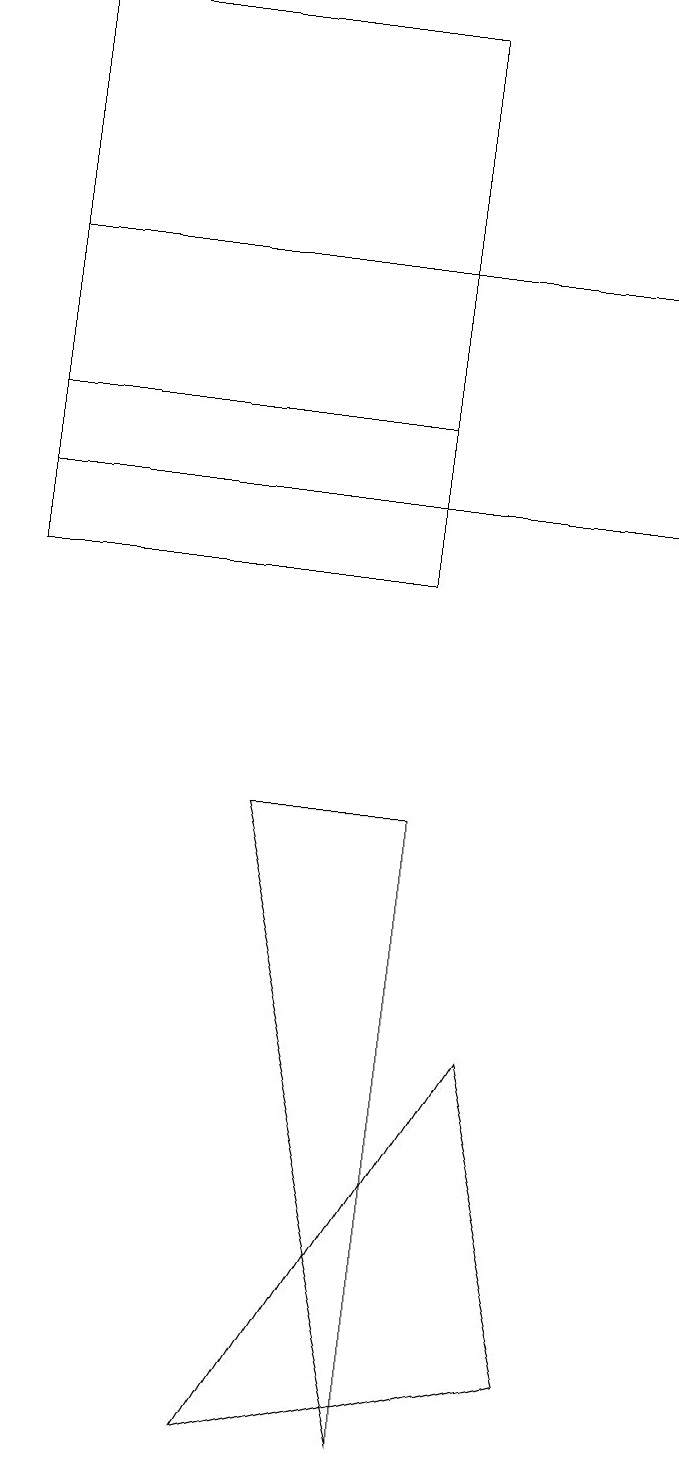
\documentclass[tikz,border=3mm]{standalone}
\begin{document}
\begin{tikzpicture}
\draw (1,16) rectangle (9,13);
\draw (8,2) -- (7,6) -- (4,1) -- cycle;
\draw (1,19) rectangle (6,12);
\draw (6,14) rectangle (1,19);
\draw (6,9) -- (4,9) -- (6,1) -- cycle;
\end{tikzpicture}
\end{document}